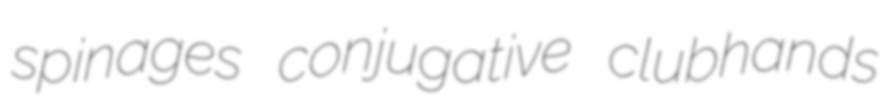
spinages conjugative clubhands